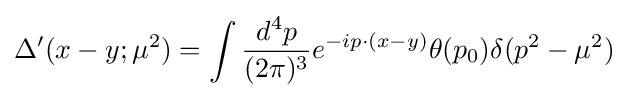
\Delta '(x-y;\mu ^{2})=\int {\frac {d^{4}p}{(2\pi )^{3}}}e^{-ip\cdot (x-y)}\theta (p_{0})\delta (p^{2}-\mu ^{2})